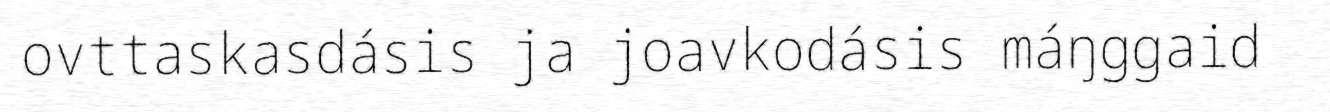
ovttaskasdásis ja joavkodásis máŋggaid